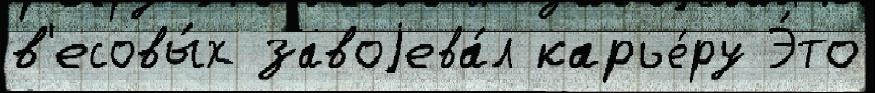
в'есовы́х завоjева́л карье́ру Э́то